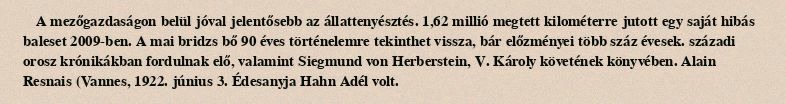
A mezőgazdaságon belül jóval jelentősebb az állattenyésztés. 1,62 millió megtett kilométerre jutott egy saját hibás baleset 2009-ben. A mai bridzs bő 90 éves történelemre tekinthet vissza, bár előzményei több száz évesek. századi orosz krónikákban fordulnak elő, valamint Siegmund von Herberstein, V. Károly követének könyvében. Alain Resnais (Vannes, 1922. június 3. Édesanyja Hahn Adél volt.